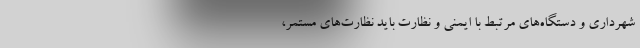
شهرداری و دستگاه‌های مرتبط با ایمنی و نظارت باید نظارت‌های مستمر،